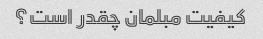
کیفیت مبلمان چقدر است؟